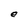
Character: e